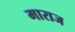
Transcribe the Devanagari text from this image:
माराज